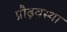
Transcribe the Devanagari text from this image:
प्रौढ़वस्था